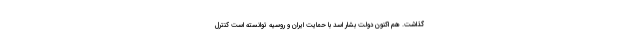
گذاشت. هم اکنون دولت بشار اسد با حمایت ایران و روسیه توانسته است کنترل